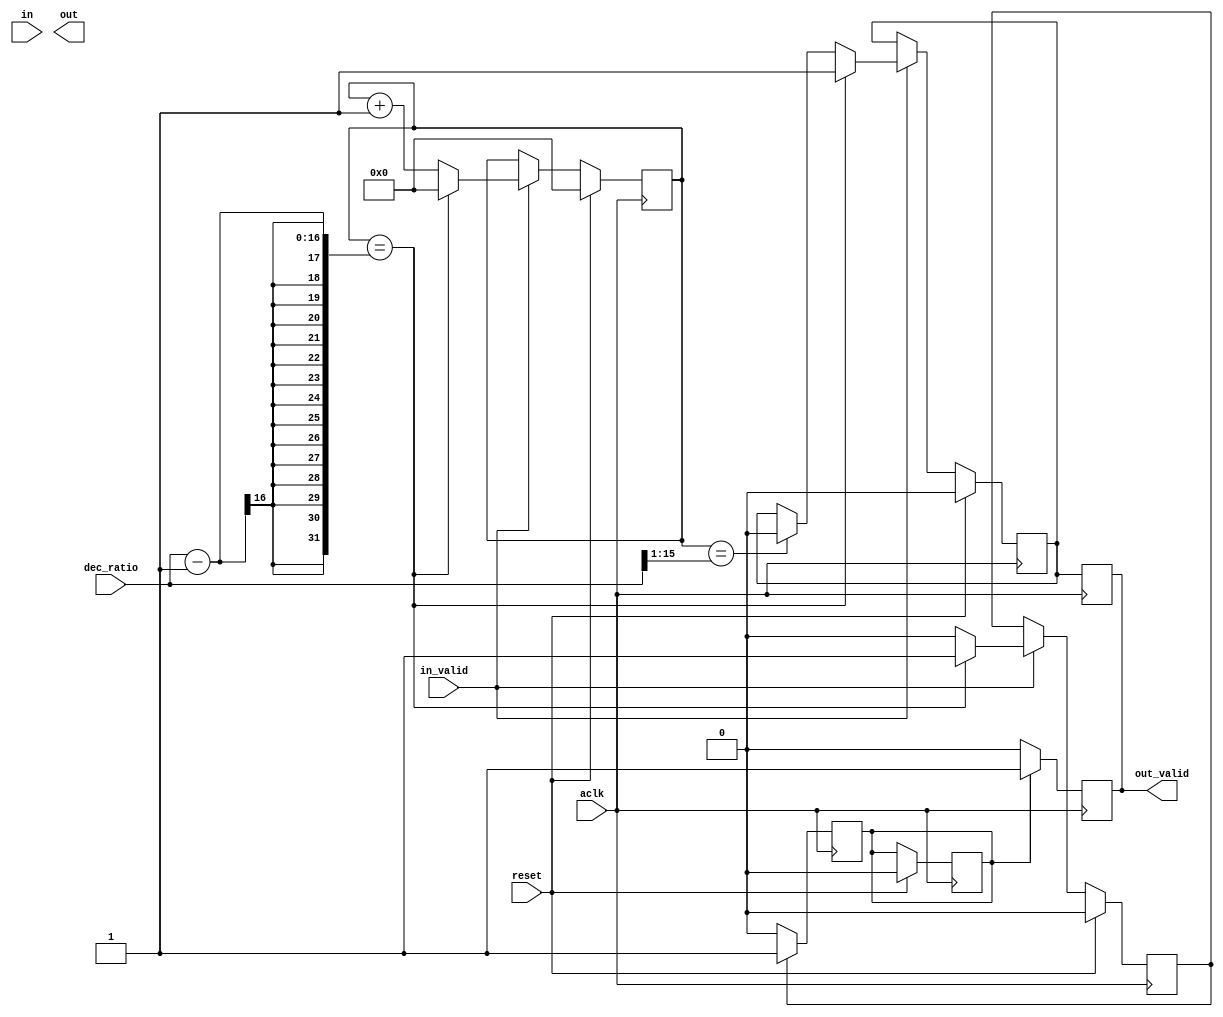
// `timescale 1ns / 1ps
//////////////////////////////////////////////////////////////////////////////////
// Company: 
// Engineer: 
// 
// Design Name: 
// Module Name: cic
// Project Name: 
// Target Devices: 
// Tool Versions: 
// Description: 
// 
// Dependencies: 
// 
// Revision:
// Revision 0.01 - File Created
// Additional Comments:
// 
//////////////////////////////////////////////////////////////////////////////////


module cic(
    input wire aclk,
    input wire reset,
    input wire signed [15:0] in,
    input wire in_valid,
    input wire signed [15:0] dec_ratio,
    output reg signed [15:0] out,
    output reg out_valid
    );

    wire signed [39:0] in_extended;
    assign in_extended = $signed(in);

    // Combs
    reg signed [39:0] comb_in, comb_in_d;
    reg signed [39:0] comb1, comb1_d;
    reg signed [39:0] comb2, comb2_d;
    reg signed [39:0] comb3, comb3_d;
    reg signed [39:0] comb4;
    reg signed [39:0] comb_out;
    reg comb_valid;

    // Integrators
    reg signed [39:0] int1;
    reg signed [39:0] int2;
    reg signed [39:0] int3;
    reg signed [39:0] int4;

    // Compensation FIR
    reg signed [41:0] fir_delay[0:7]; // Two times four delay line
    reg signed [41:0] fir_scaled;
    reg signed [41:0] fir_scaled_d;
    reg signed [41:0] fir_out; 
    reg fir_valid;

    reg out_valid_soon;
    reg int_valid;

    // Decimation rate counter
    reg [15:0] decimation_cnt;

    integer i;

    // Filter topology is integrator -> decimaton -> comb 
    // as per https://www.dsprelated.com/showarticle/1337.php figure 10
    //
    // Integrator stage 
    always @(posedge aclk) 
    begin
        if(reset) 
        begin
            int1 <= 0;
            int2 <= 0;
            int3 <= 0;
            int4 <= 0;

            comb_in <= 0;
            comb1 <= 0;
            comb2 <= 0;
            comb3 <= 0;
            comb4 <= 0;
            comb_out <= 0;
            
            for(i = 0; i < 8; i = i + 1)
            begin
                fir_delay[i] <= 0;
            end
            fir_scaled <= 0;
            fir_scaled_d <= 0;

            fir_out <= 0;

            comb_in_d <= 0;
            comb1_d <= 0;
            comb2_d <= 0;
            comb3_d <= 0;
            comb_out <= 0;
            comb_valid <= 0;

            decimation_cnt <= 0;
            out_valid_soon <= 0;
            int_valid <= 0;
        end else begin
            if(in_valid)
            begin
                int1 <= int1 + in_extended;
                int2 <= int2 + int1;
                int3 <= int3 + int2;
                int4 <= int4 + int3;
                decimation_cnt <= decimation_cnt + 1;
                if(decimation_cnt ==  dec_ratio - 1)
                begin
                    int_valid <= 1;
                    comb_in <= int4;
                    decimation_cnt <= 0;
                    out_valid_soon <= 1;
                end else begin
                    // Generate out valid pulses with a 50% duty cycle so we can use it as a sample clock
                    if(decimation_cnt == dec_ratio >> 1) 
                    begin
                        out_valid_soon = 0;
                    end
                    int_valid <= 0;
                end
            end 
        end
    end


    // Compensation FIR
    always @(posedge aclk)
    begin
        if(comb_valid)
        begin
            fir_scaled <= comb_out >>> 2;
            fir_scaled_d <= fir_scaled;
            fir_out <= comb_out + fir_scaled + fir_scaled_d;
            out_valid <= 1;
        end else begin
            out_valid <= 0;
        end
    end
    
    // Comb stage
    always @(posedge aclk)
    begin
        out_valid <= out_valid_soon;
        if(int_valid)
        begin
            // Stage 1
            comb_in_d <= comb_in;
            comb1 <= comb_in - comb_in_d;
            comb1_d <= int1;

            // Stage 2
            comb2 <= comb1 - comb1_d;
            comb2_d <= comb2;

            // Stage 3
            comb3 <= comb2 - comb2_d;
            comb3_d <= comb3;

            // Stage 4
            comb4 <= comb3 - comb3_d;
            comb_out <= comb4; // out <= comb4[37:21];
            comb_valid <= 1;
        end else begin
            comb_valid <= 0;
        end   
     end

    // Compensation stage. Simple FIR as proposed by Dolecek here: 
    // https://www.sciencedirect.com/science/article/abs/pii/S1051200409000177
    /*
    integer i;
    always @(posedge aclk)
    begin
        if(comb_valid) 
        begin
            fir_delay[0] <= comb_out;
            for(i = 1; i < 8; i = i + 1)
            begin
                fir_delay[i] <= fir_delay[i - 1];
            end
            fir_out <= comb_out - (fir_delay[3] * 6) + fir_delay[7];
            out <= fir_out[41:26]; 
            out_valid <= 1;
        end else begin
            out_valid = 0;
        end
    end */


endmodule